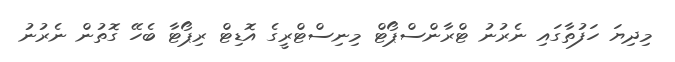
މިދިޔަ ހަފުތާގައި ނެރުނު ޓްރާންސްޕޯޓް މިނިސްޓްރީގެ އޮޑިޓް ރިޕޯޓާ ބެހޭ ގޮތުން ނެރުނު